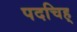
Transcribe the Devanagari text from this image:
पदचिह्